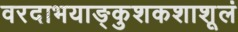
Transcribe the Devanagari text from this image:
वरदाभयाङ्कुशकशाशूलं